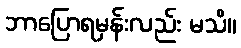
ဘာပြောရမှန်းလည်း မသိ။